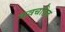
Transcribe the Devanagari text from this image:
कवचछिद्र